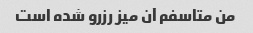
من متاسفم آن میز رزرو شده است